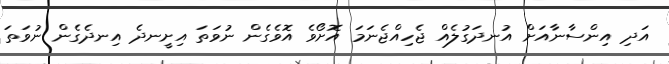
އަދި އިންސާނާއަށް އުނދަގުލެއް ޖެހިއްޖެނަމަ އޮށޯވެ އޮވެގެން ނުވަތަ އިށީނދެ އިނދެގެން ނުވަތަ